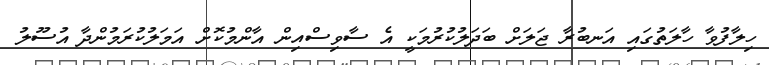
ހިލާފުވާ ހާލަތުގައި އަނބުރާ ޖަލަށް ބަދަލުކުރުމަކީ އެ ސާވިސްއިން އާންމުކޮށް އަމަލުކުރަމުންދާ އުސޫލު